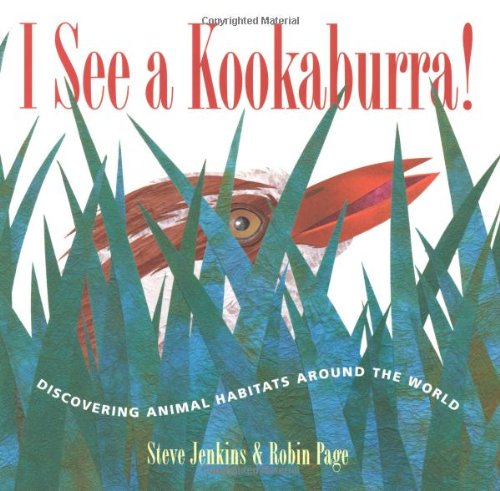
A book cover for I See a Kookaburra!: Discovering Animal Habitats Around the World (Bccb Blue Ribbon Nonfiction Book Award (Awards)); Steve Jenkins; Children's Books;